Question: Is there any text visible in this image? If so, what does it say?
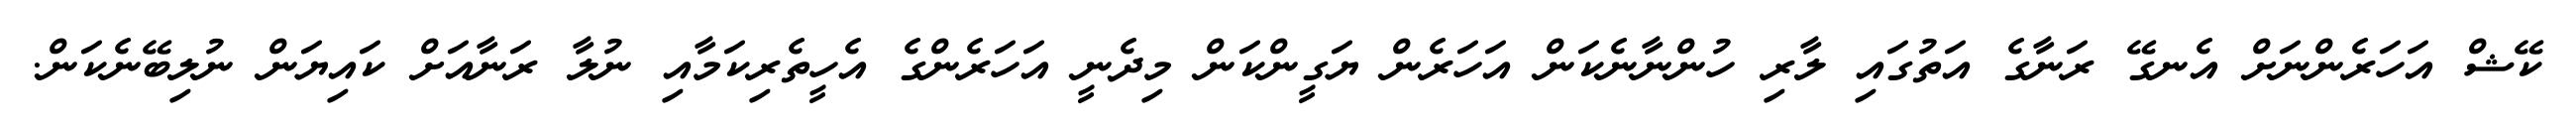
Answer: ކޭޝް އަހަރެންނަށް އެނގޭ ރަނާގެ އަތުގައި ލާރި ހުންނާނެކަން އަހަރެން ޔަގީންކަން މިދެނީ އަހަރެންގެ އެހީތެރިކަމާއި ނުލާ ރަނާއަށް ކައިޔަން ނުލިބޭނެކަން.